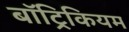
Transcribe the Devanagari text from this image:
बॉट्रिकियम